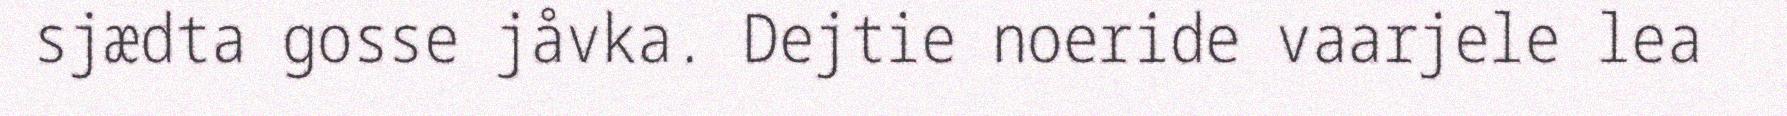
sjædta gosse jåvka. Dejtie noeride vaarjele lea